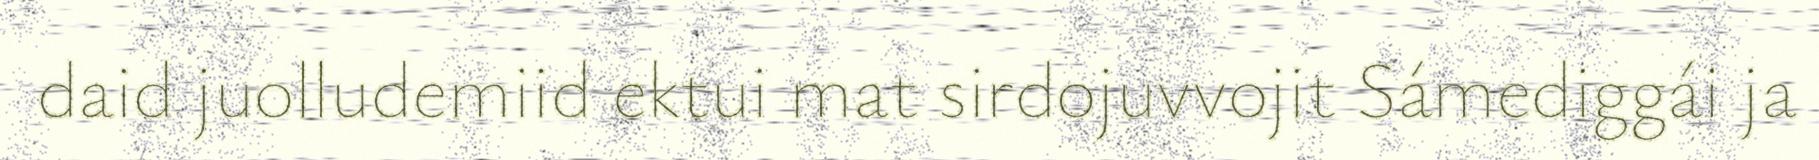
daid juolludemiid ektui mat sirdojuvvojit Sámediggái ja